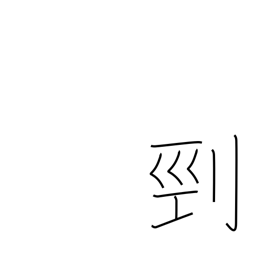
Meaning: beheading